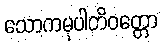
သောကမုပါတိဝတ္တော